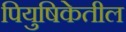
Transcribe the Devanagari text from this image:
पियुषिकेतील